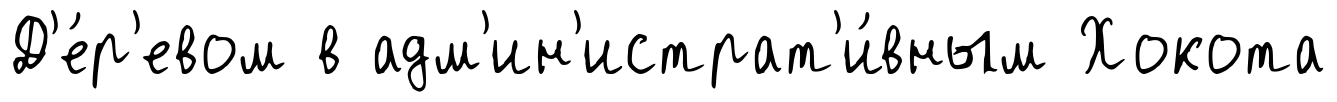
Д'е́р'евом в адм'ин'истрат'и́вным Хокота